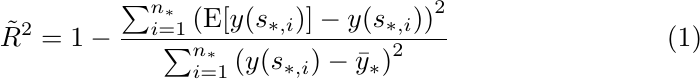
\begin{equation}\label{eq:r2}
\tilde{R}^2 = 1 - \frac{\sum_{i=1}^{n_*}\left(\mathrm{E}[y(s_{*,i})] - y(s_{*,i})\right)^2}{\sum_{i=1}^{n_*}\left(y(s_{*,i}) - \bar{y}_*\right)^2 }
\end{equation}